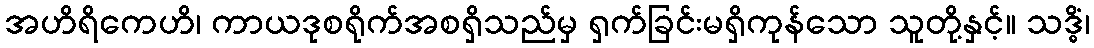
အဟိရိကေဟိ၊ ကာယဒုစရိုက်အစရှိသည်မှ ရှက်ခြင်းမရှိကုန်သော သူတို့နှင့်။ သဒ္ဓိံ၊